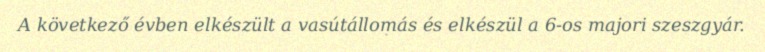
A következő évben elkészült a vasútállomás és elkészül a 6-os majori szeszgyár.